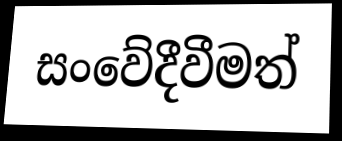
සංවේදීවීමත්